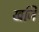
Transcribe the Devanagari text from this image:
खजि